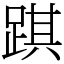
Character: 踑